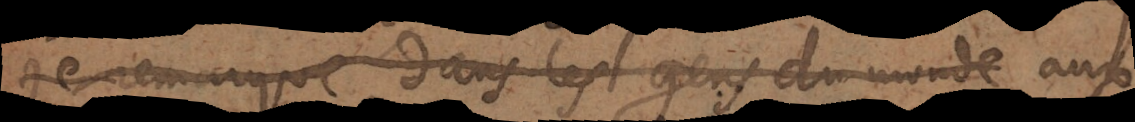
je remarque dans les gens du monde.